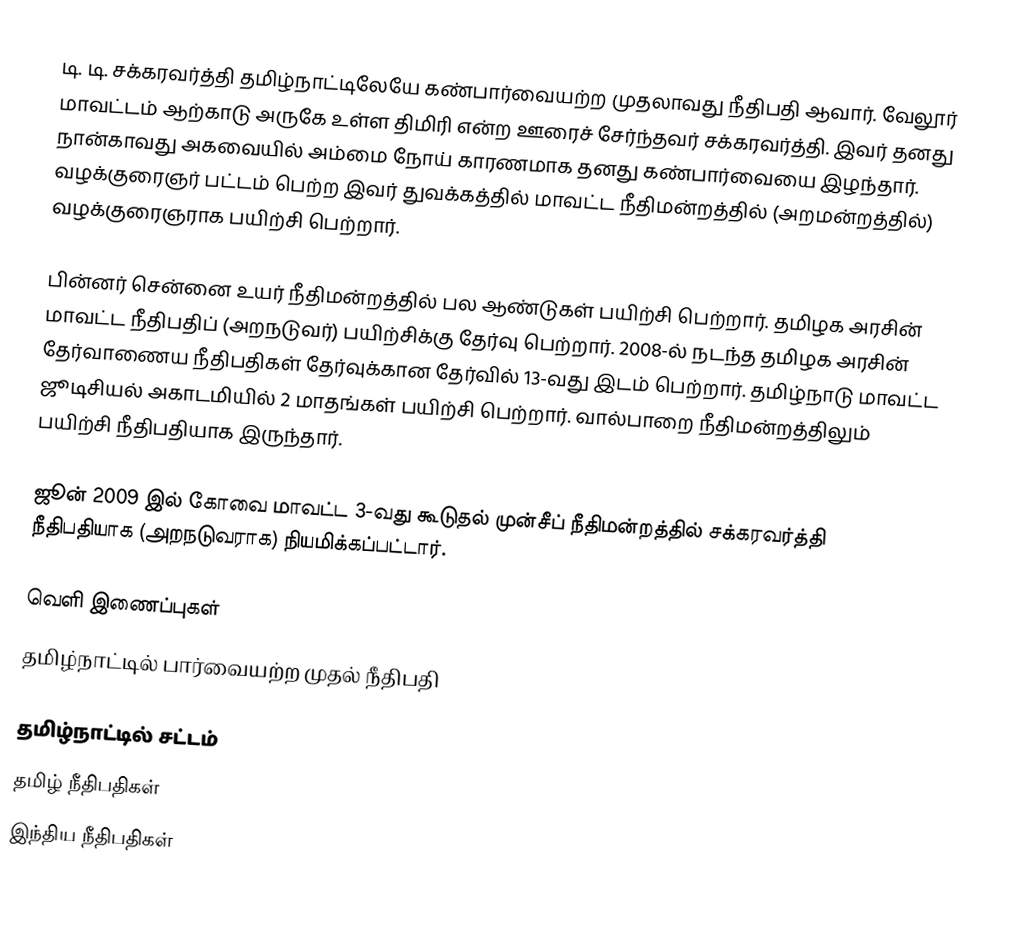
டி. டி. சக்கரவர்த்தி தமிழ்நாட்டிலேயே கண்பார்வையற்ற முதலாவது நீதிபதி ஆவார். வேலூர் மாவட்டம் ஆற்காடு அருகே உள்ள திமிரி என்ற ஊரைச் சேர்ந்தவர் சக்கரவர்த்தி. இவர் தனது நான்காவது அகவையில் அம்மை நோய் காரணமாக தனது கண்பார்வையை இழந்தார். வழக்குரைஞர் பட்டம் பெற்ற இவர் துவக்கத்தில் மாவட்ட நீதிமன்றத்தில் (அறமன்றத்தில்) வழக்குரைஞராக பயிற்சி பெற்றார்.

பின்னர் சென்னை உயர் நீதிமன்றத்தில் பல ஆண்டுகள் பயிற்சி பெற்றார். தமிழக அரசின் மாவட்ட நீதிபதிப் (அறநடுவர்) பயிற்சிக்கு தேர்வு பெற்றார். 2008-ல் நடந்த தமிழக அரசின் தேர்வாணைய நீதிபதிகள் தேர்வுக்கான தேர்வில் 13-வது இடம் பெற்றார். தமிழ்நாடு மாவட்ட ஜூடிசியல் அகாடமியில் 2 மாதங்கள் பயிற்சி பெற்றார். வால்பாறை நீதிமன்றத்திலும் பயிற்சி நீதிபதியாக இருந்தார்.

ஜூன் 2009 இல் கோவை மாவட்ட 3-வது கூடுதல் முன்சீப் நீதிமன்றத்தில் சக்கரவர்த்தி நீதிபதியாக (அறநடுவராக) நியமிக்கப்பட்டார்.

வெளி இணைப்புகள்
 தமிழ்நாட்டில் பார்வையற்ற முதல் நீதிபதி

தமிழ்நாட்டில் சட்டம்
தமிழ் நீதிபதிகள்
இந்திய நீதிபதிகள்